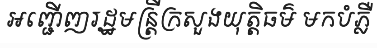
អញ្ជើញរដ្ឋមន្ត្រីក្រសួងយុត្តិធម៌ មកបំភ្លឺ